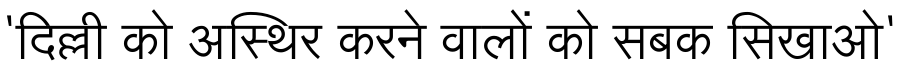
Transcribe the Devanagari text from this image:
'दिल्ली को अस्थिर करने वालों को सबक सिखाओ'